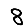
Digit: 8